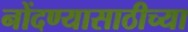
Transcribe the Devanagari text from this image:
नोंदण्यासाठीच्या